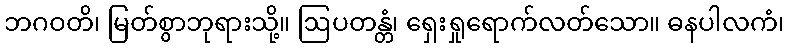
ဘဂဝတိ၊ မြတ်စွာဘုရားသို့။ ဩပတန္တံ၊ ရှေးရှုရောက်လတ်သော။ ဓနပါလကံ၊